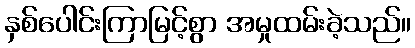
နှစ်ပေါင်းကြာမြင့်စွာ အမှုထမ်းခဲ့သည်။